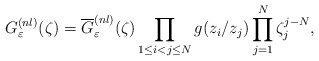
\begin{align*}G_{\varepsilon}^{(nl)}(\zeta)=\overline{G}_{\varepsilon}^{(nl)}(\zeta) \prod_{1\leq i< j \leq N} g(z_i/z_j)\prod_{j=1}^N\zeta_j^{j-N},\end{align*}